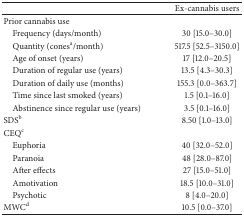
<table><thead><tr><td><b> </b></td><td><b>Ex-cannabis users </b></td></tr></thead><tbody><tr><td>Prior cannabis use</td><td> </td></tr><tr><td> Frequency (days/month)</td><td>30 [15.0–30.0]</td></tr><tr><td> Quantity (cones<sup>a</sup>/month)</td><td>517.5 [52.5–3150.0]</td></tr><tr><td> Age of onset (years)</td><td>17 [12.0–20.5]</td></tr><tr><td> Duration of regular use (years)</td><td>13.5 [4.3–30.3]</td></tr><tr><td> Duration of daily use (months)</td><td>155.3 [0.0–363.7]</td></tr><tr><td> Time since last smoked (years)</td><td>1.5 [0.1–16.0]</td></tr><tr><td> Abstinence since regular use (years)</td><td>3.5 [0.1–16.0]</td></tr><tr><td>SDS<sup>b</sup></td><td>8.50 [1.0–13.0]</td></tr><tr><td>CEQ<sup>c</sup></td><td> </td></tr><tr><td> Euphoria</td><td>40 [32.0–52.0]</td></tr><tr><td> Paranoia</td><td>48 [28.0–87.0]</td></tr><tr><td> After effects</td><td>27 [15.0–51.0]</td></tr><tr><td> Amotivation</td><td>18.5 [10.0–31.0]</td></tr><tr><td> Psychotic</td><td>8 [4.0–20.0]</td></tr><tr><td>MWC<sup>d</sup></td><td>10.5 [0.0–37.0]</td></tr></tbody></table>